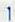
1